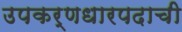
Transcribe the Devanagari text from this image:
उपकर्णधारपदाची